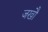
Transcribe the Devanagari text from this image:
जखौ